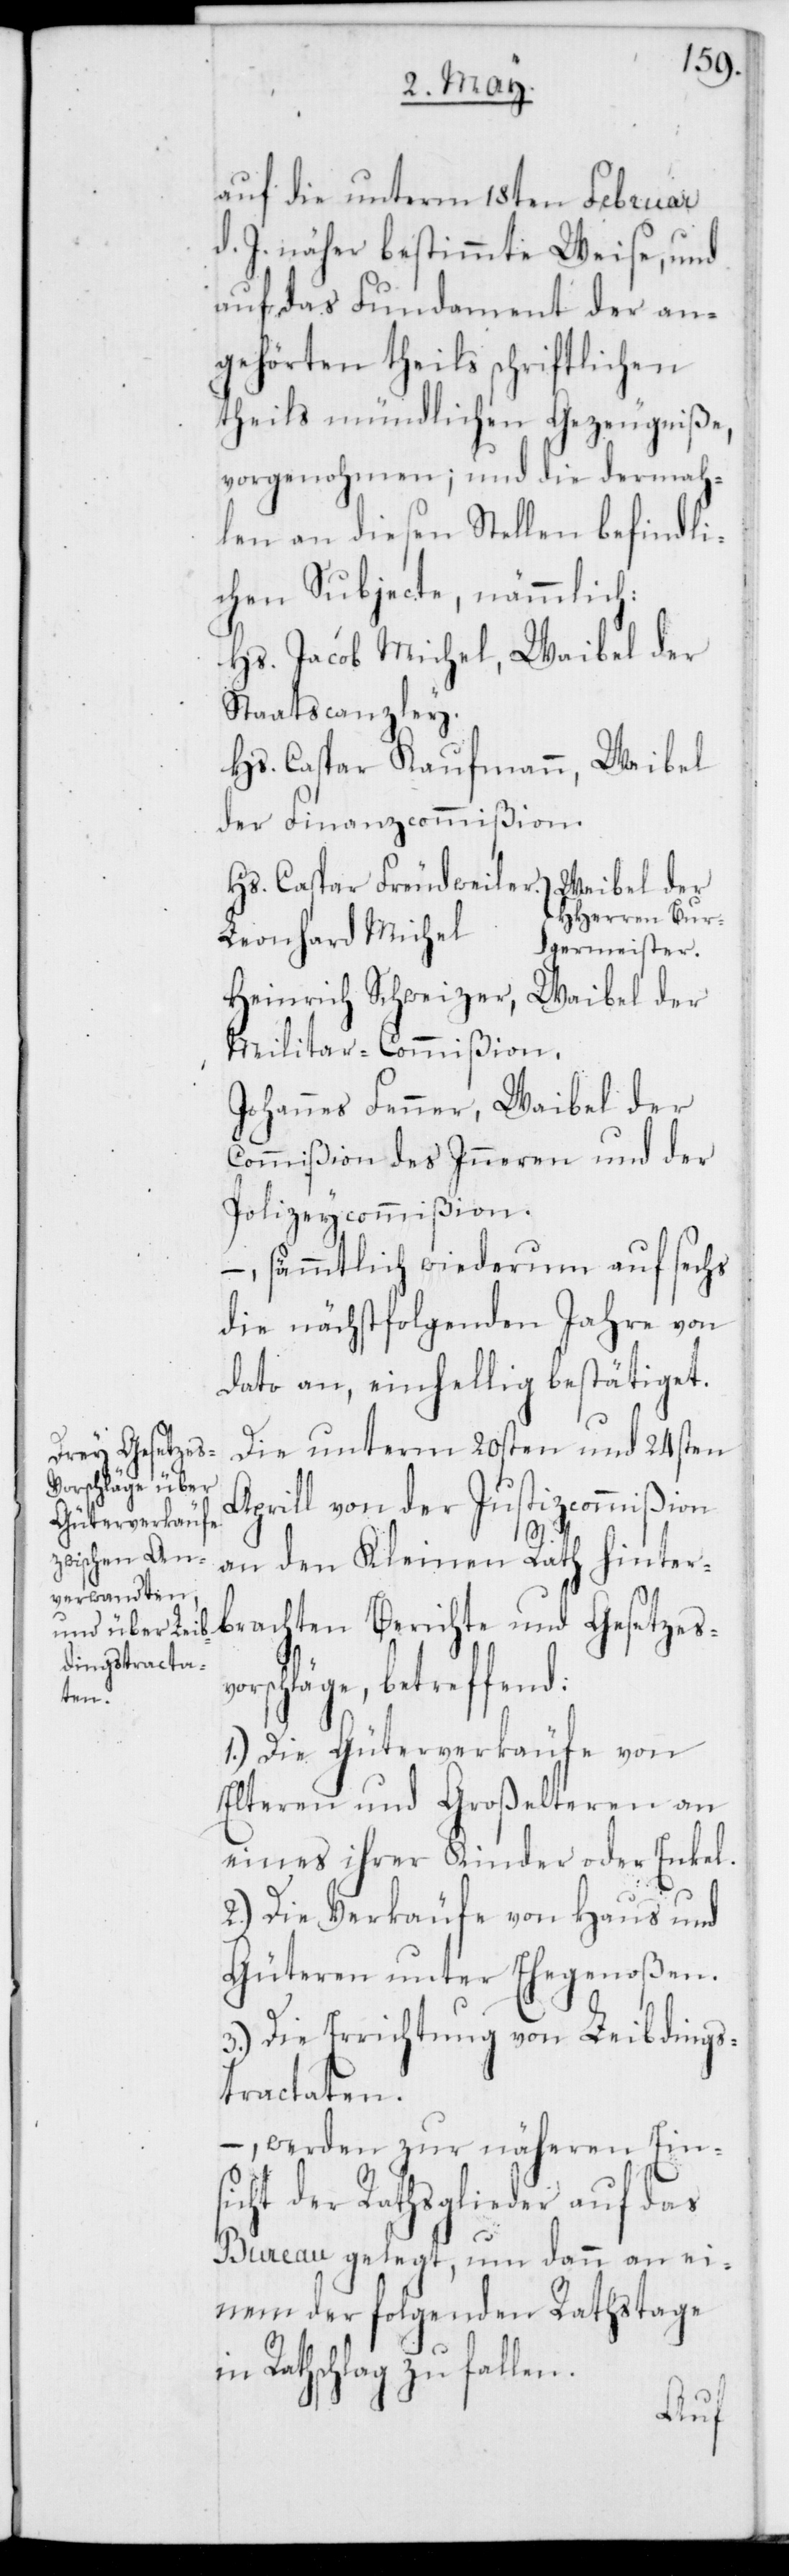
auf die unterm 18ten Februar
d. J. näher bestimmte Weise, und
auf das Fundament der an¬
gehörten theils schriftlichen
theils mündlichen Gezeugniße
vorgenohmen; und die dermah¬
len an diesen Stellen befindli¬
chen Subjecte, nämmlich:
Hs. Jacob Michel, Waibel der
Staatscanzley.
Hs. Caspar Kaufmann, Waibel
der Finanzcommißion.
HHerren Bur¬
Leonhard Michel
germeister.
Heinrich Schweizer, Waibel der
Militair-Commißion.
Johannes Fenner, Waibel der
Commißion des Inneren und der
Polizeycommißion.
– sämmtlich wiederum auf sechs
die nächstfolgenden Jahre von
dato an, einhellig bestätiget.
Die unterm 20sten und 24sten
und Gesetzes¬
Aprill von der Justizcommißion
an den Kleinen Rath hinter¬
vorschläge, betreffend:
1.) Die Güterverkäufe von
Elteren und Großelteren an
eines ihrer Kinder oder Enkel.
2.) Die Verkäufe von Haus und
Güteren unter Ehegenoßen.
3.) Die Errichtung von Leibdings¬
tractaten
– werden zur näheren Ein¬
sicht der Rathsglieder auf das
Bureau gelegt, um dann an ei¬
nem der folgenden Rathstage
Rathschlag zu fallen.